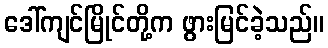
ဒေါ်ကျင်မြိုင်တို့က ဖွားမြင်ခဲ့သည်။